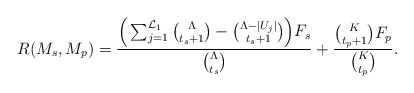
\begin{align*} R(M_s,M_p)=\frac{ \Big(\sum_{j=1}^{\mathcal{L}_1}\binom{\Lambda}{t_s+1}-\binom{\Lambda-|U_j|}{t_s+1}\Big) F_s}{\binom{\Lambda}{t_s}}+\frac{\binom{K}{t_p+1} F_p}{\binom{K}{t_p}}. \end{align*}